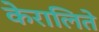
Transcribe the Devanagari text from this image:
केरालिते